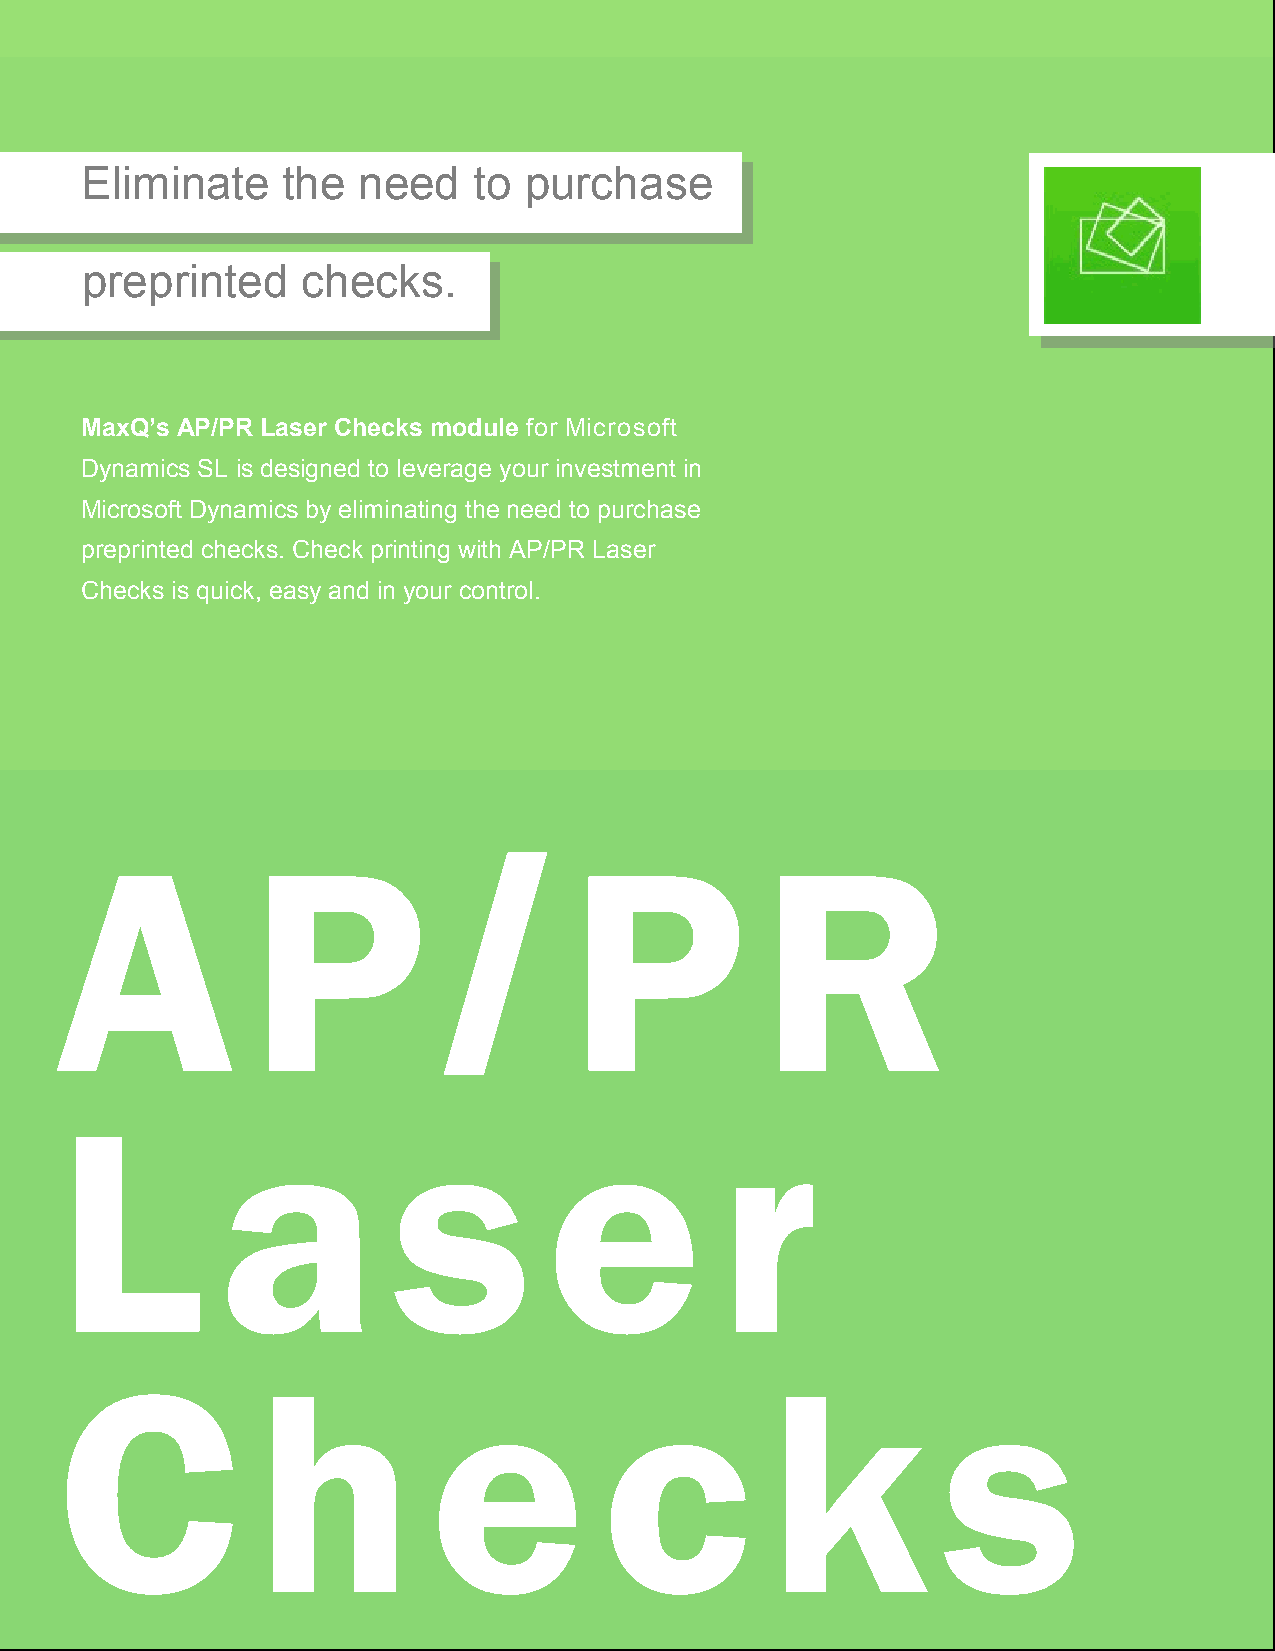
Eliminate     the  need   to  purchase
 preprinted     checks.
 MaxQ’s AP/PR Laser Checks module for Microsoft
 Dynamics SL is designed to leverage your investment in
 Microsoft Dynamics by eliminating the need to purchase
 preprinted checks. Check printing with AP/PR Laser
 Checks is quick, easy and in your control.
 A            P           /        P           R
 L          a          s         e           r
 C            h          e           c          k          s